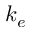
k _ { e }